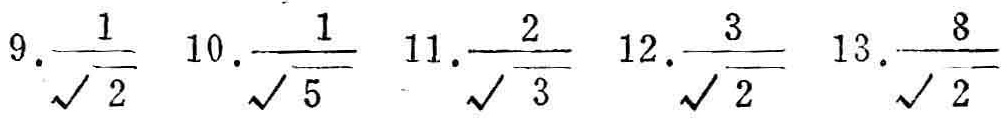
9.$\frac{1}{\sqrt{2}}$ 10.$\frac{1}{\sqrt{5}}$ 11.$\frac{2}{\sqrt{3}}$ 12.$\frac{3}{\sqrt{2}}$ 13.$\frac{8}{\sqrt{2}}$